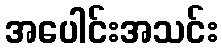
အပေါင်းအသင်း